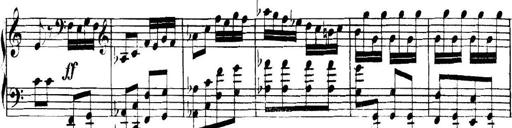
Title: Collected Piano Sonatas
Composer: Muzio Clementi